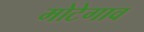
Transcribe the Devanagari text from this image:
मोटेगाव